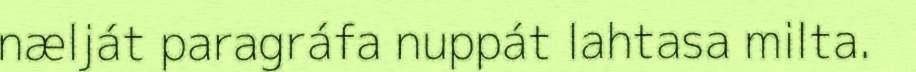
nælját paragráfa nuppát lahtasa milta.